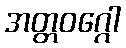
အတ္တဝဂ္ဂေါ